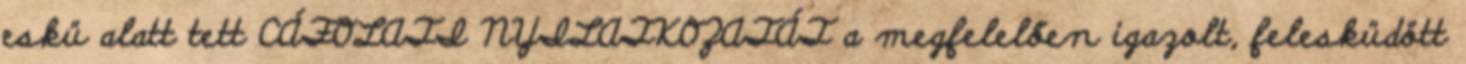
eskü alatt tett CÁFOLATI NYILATKOZATÁT a megfelelően igazolt, felesküdött